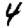
Digit: 4